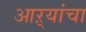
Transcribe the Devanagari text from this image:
आऱ्यांचा